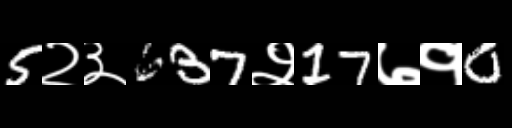
Text: 5२३637२17७१0